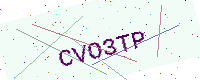
Text: CVO3TP